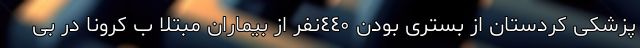
پزشکی کردستان از بستری بودن ٤٤۰نفر از بیماران مبتلا ب کرونا در بی